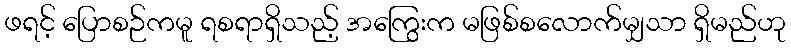
ဖရင့် ပြောစဉ်ကမူ ရစရာရှိသည့် အကြွေးက မဖြစ်စလောက်မျှသာ ရှိမည်ဟု